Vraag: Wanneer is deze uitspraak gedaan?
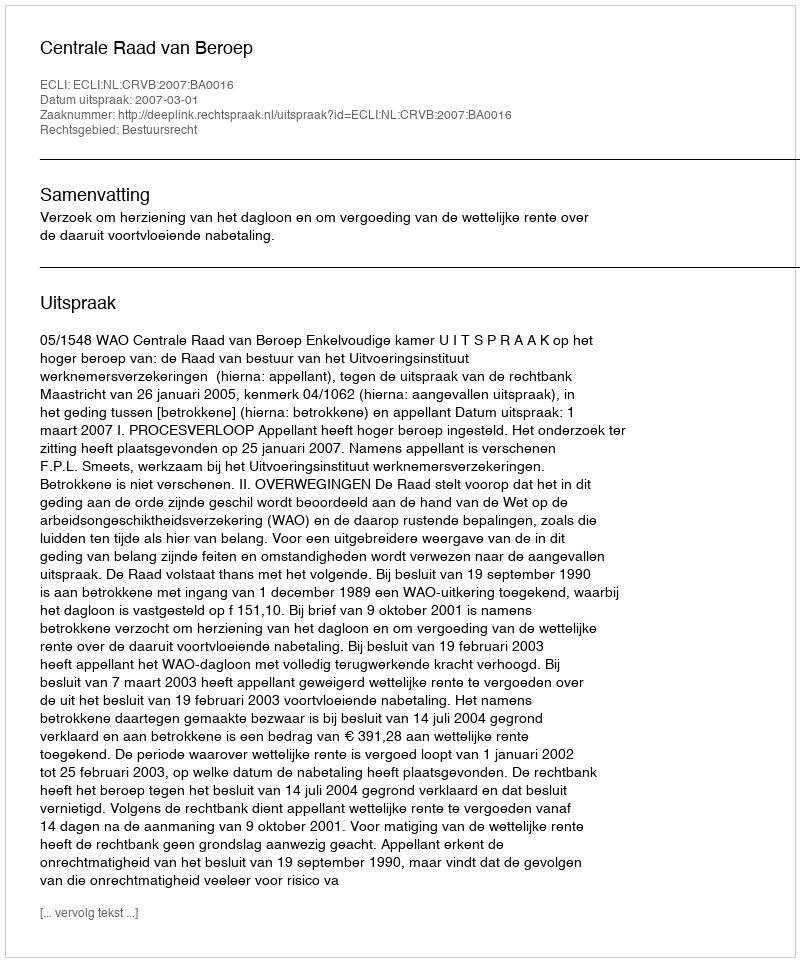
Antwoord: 2007-03-01